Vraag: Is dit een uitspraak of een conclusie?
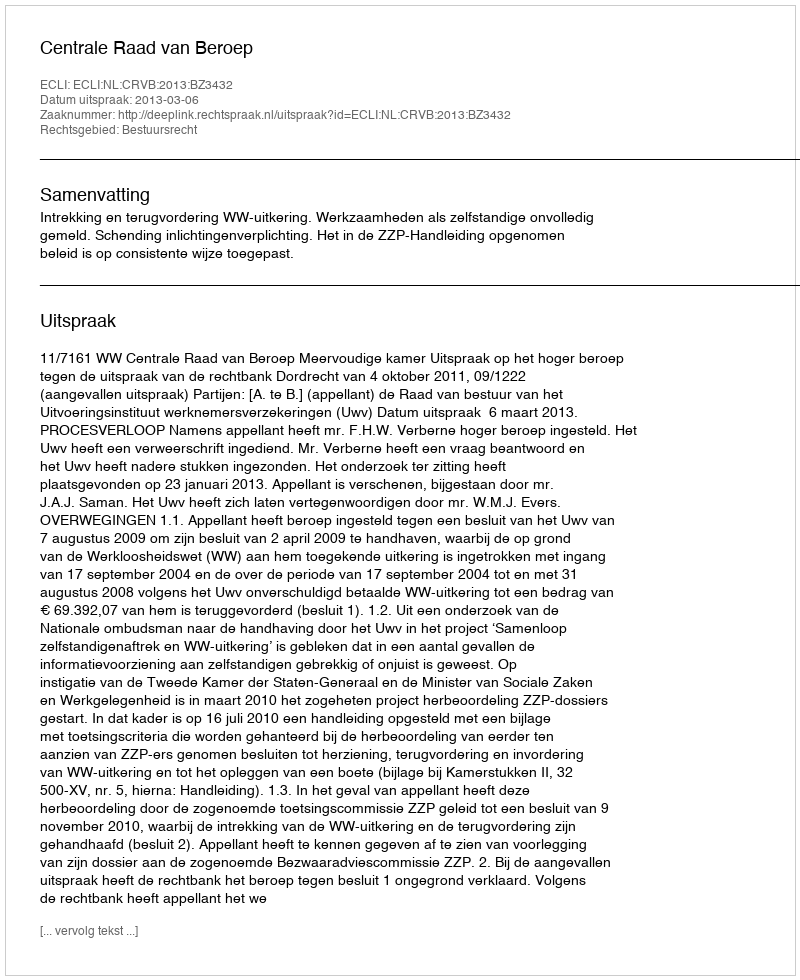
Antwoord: Uitspraak